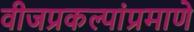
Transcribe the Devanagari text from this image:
वीजप्रकल्पांप्रमाणे